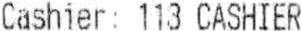
CASHIER: 113 CASHIER